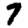
Digit: 7